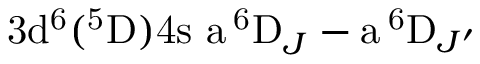
\mathrm { 3 d ^ { 6 } ( ^ { 5 } D ) 4 s \ a \, ^ { 6 } D } _ { J } - \mathrm { a \, ^ { 6 } D } _ { J ^ { \prime } }